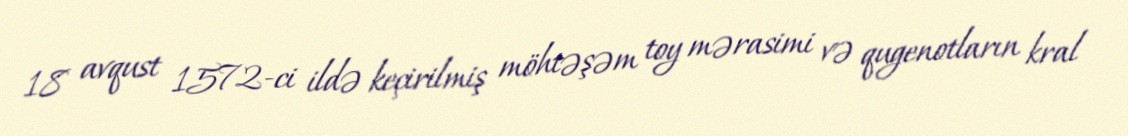
18 avqust 1572-ci ildə keçirilmiş möhtəşəm toy mərasimi və qugenotların kral